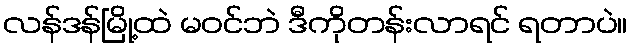
လန်ဒန်မြို့ထဲ မဝင်ဘဲ ဒီကိုတန်းလာရင် ရတာပဲ။